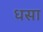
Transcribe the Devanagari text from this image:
धसा